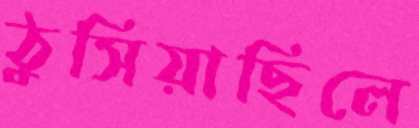
ঠুসিয়াছিলে